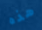
هذه